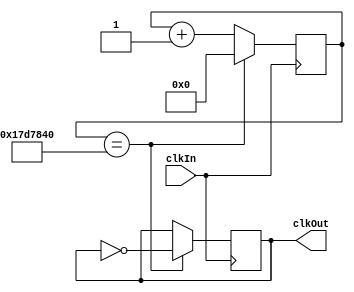
module ClockDivider(
    input      clkIn,
    output reg clkOut);
    
    parameter DIVIDER = 50_000_000;
    localparam MAX = DIVIDER / 2;
    localparam WIDTH  = $clog2(MAX);
    
    reg   [WIDTH-1:0] counter;
        
    always @(posedge clkIn) begin
        counter <= counter + 1;
        if(counter == MAX) begin
            counter <= 0;
            clkOut <= ~clkOut;
        end
    end
    
    //assign out_clk = (counter < 25'd25000000) ? 0 : 1;
 endmodule